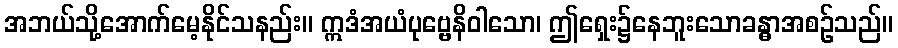
အဘယ်သို့အောက်မေ့နိုင်သနည်း။ ဣဒံအယံပုဗ္ဗေနိဝါသော၊ ဤရှေး၌နေဘူးသောခန္ဓာအစဉ်သည်။